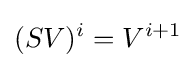
(SV)^{i}=V^{i+1}